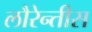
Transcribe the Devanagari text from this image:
लौरेन्तीस